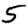
Digit: 5